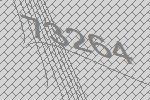
73264